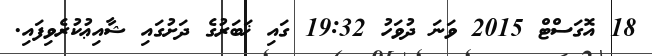
18 އޮގަސްޓް 2015 ވަނަ ދުވަހު 19:32 ގައި ޚަބަރުގެ ދަށުގައި ޝާއިޢުކުރެވިފައި.